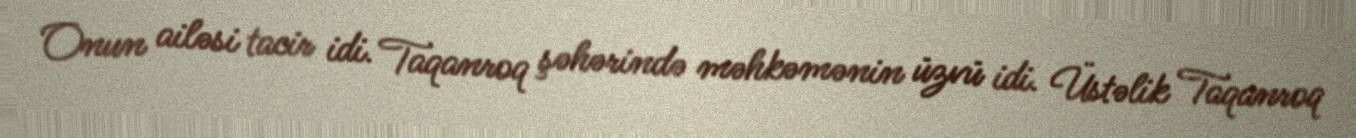
Onun ailəsi tacir idi. Taqanroq şəhərində məhkəmənin üzvü idi. Üstəlik Taqanroq